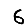
Digit: 6